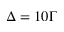
\Delta = 1 0 \Gamma